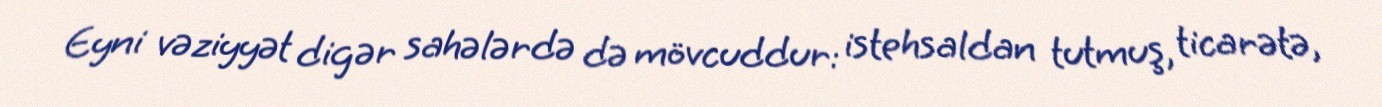
Eyni vəziyyət digər sahələrdə də mövcuddur: istehsaldan tutmuş, ticarətə,